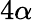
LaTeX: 4\alpha